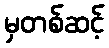
မှတစ်ဆင့်